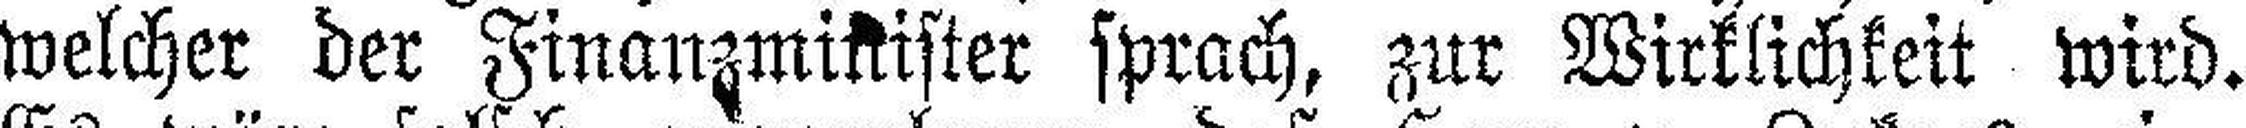
welcher der Finanzminister sprach, zur Wirklichkeit wird.